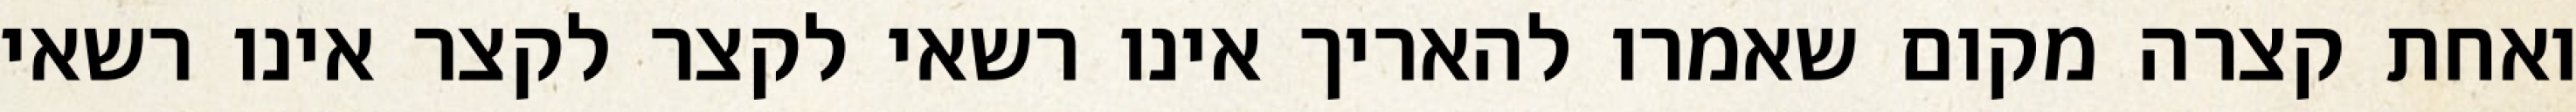
ואחת קצרה מקום שאמרו להאריך אינו רשאי לקצר לקצר אינו רשאי